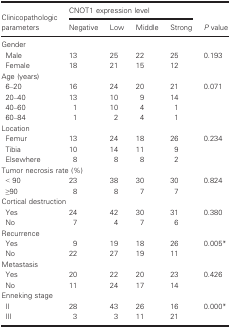
<table><thead><tr><td rowspan="2"><b>Clinicopathologic parameters</b></td><td colspan="4"><b>CNOT1 expression level</b></td><td rowspan="2"><b><i>P</i> value</b></td></tr><tr><td><b>Negative</b></td><td><b>Low</b></td><td><b>Middle</b></td><td><b>Strong</b></td></tr></thead><tbody><tr><td colspan="6">Gender</td></tr><tr><td>Male</td><td>13</td><td>25</td><td>22</td><td>25</td><td rowspan="2">0.193</td></tr><tr><td>Female</td><td>18</td><td>21</td><td>15</td><td>12</td></tr><tr><td colspan="6">Age (years)</td></tr><tr><td>6–20</td><td>16</td><td>24</td><td>20</td><td>21</td><td rowspan="4">0.071</td></tr><tr><td>20–40</td><td>13</td><td>10</td><td>9</td><td>14</td></tr><tr><td>40–60</td><td>1</td><td>10</td><td>4</td><td>1</td></tr><tr><td>60–84</td><td>1</td><td>2</td><td>4</td><td>1</td></tr><tr><td colspan="6">Location</td></tr><tr><td>Femur</td><td>13</td><td>24</td><td>18</td><td>26</td><td rowspan="3">0.234</td></tr><tr><td>Tibia</td><td>10</td><td>14</td><td>11</td><td>9</td></tr><tr><td>Elsewhere</td><td>8</td><td>8</td><td>8</td><td>2</td></tr><tr><td colspan="6">Tumor necrosis rate (%)</td></tr><tr><td>&lt; 90</td><td>23</td><td>38</td><td>30</td><td>30</td><td rowspan="2">0.824</td></tr><tr><td>≥90</td><td>8</td><td>8</td><td>7</td><td>7</td></tr><tr><td colspan="6">Cortical destruction</td></tr><tr><td>Yes</td><td>24</td><td>42</td><td>30</td><td>31</td><td rowspan="2">0.380</td></tr><tr><td>No</td><td>7</td><td>4</td><td>7</td><td>6</td></tr><tr><td colspan="6">Recurrence</td></tr><tr><td>Yes</td><td>9</td><td>19</td><td>18</td><td>26</td><td rowspan="2">0.005a</td></tr><tr><td>No</td><td>22</td><td>27</td><td>19</td><td>11</td></tr><tr><td colspan="6">Metastasis</td></tr><tr><td>Yes</td><td>20</td><td>22</td><td>20</td><td>23</td><td rowspan="2">0.426</td></tr><tr><td>No</td><td>11</td><td>24</td><td>17</td><td>14</td></tr><tr><td colspan="6">Enneking stage</td></tr><tr><td>II</td><td>28</td><td>43</td><td>26</td><td>16</td><td rowspan="2">0.000a</td></tr><tr><td>III</td><td>3</td><td>3</td><td>11</td><td>21</td></tr></tbody></table>